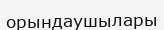
орындаушылары